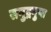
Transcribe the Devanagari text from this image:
समुद्रगुप्‍त